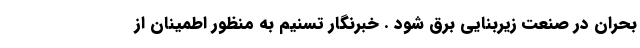
بحران در صنعت زیربنایی برق شود . خبرنگار تسنیم به منظور اطمینان از